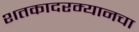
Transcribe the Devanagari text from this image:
शतकादरम्यानचा